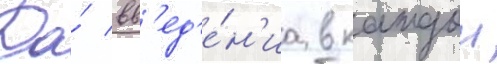
До́ вв'ед'е́н'иа в каждои